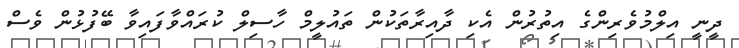
ދީނީ އިލްމުވެރިންގެ އިތުރުން އެކި ދާއިރާތަކުން ތައުލީމް ހާސިލް ކުރައްވާފައިވާ ބޭފުޅުން ވެސް